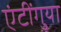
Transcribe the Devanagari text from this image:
एंटींगुया